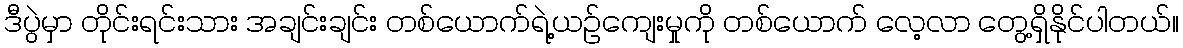
ဒီပွဲမှာ တိုင်းရင်းသား အချင်းချင်း တစ်ယောက်ရဲ့ယဉ်ကျေးမှုကို တစ်ယောက် လေ့လာ တွေ့ရှိနိုင်ပါတယ်။